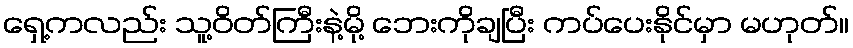
ရှေ့ကလည်း သူ့ဝိတ်ကြီးနဲ့မို့ ဘေးကိုချပြီး ကပ်ပေးနိုင်မှာ မဟုတ်။